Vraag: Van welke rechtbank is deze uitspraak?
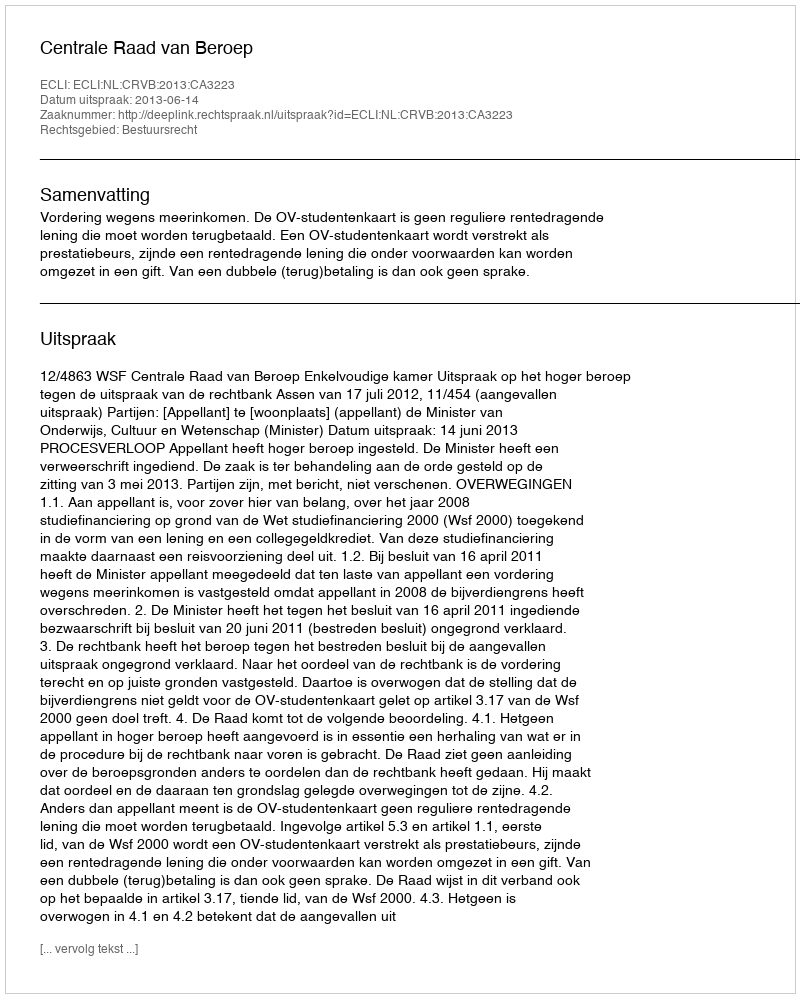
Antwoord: Centrale Raad van Beroep